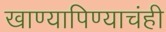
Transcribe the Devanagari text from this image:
खाण्यापिण्याचंही